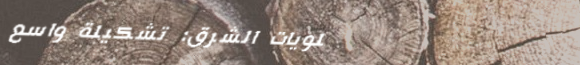
حلويات الشرق: تشكيلة واسع